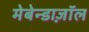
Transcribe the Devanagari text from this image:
मेबेन्डाज़ॉल